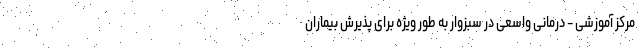
مرکز آموزشی - درمانی واسعی در سبزوار به طور ویژه برای پذیرش بیماران